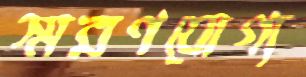
স্মরণযোগ্য